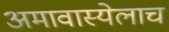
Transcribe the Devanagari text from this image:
अमावास्येलाच